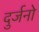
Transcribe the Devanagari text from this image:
दुर्जनो